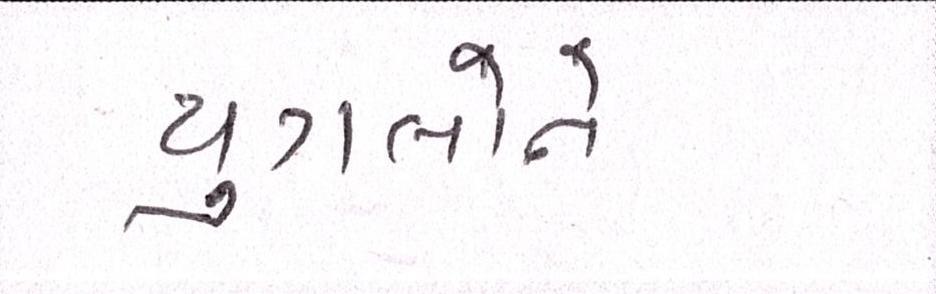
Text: યુગલોને